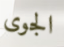
الجوى